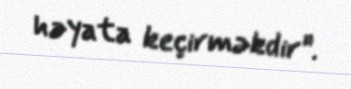
həyata keçirməkdir”.